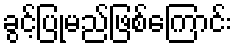
ခွင့်ပြုမည်ဖြစ်ကြောင်း